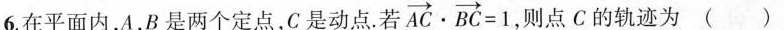
6.在平面内，A，B是两个定点，C是动点。若$$\overrightarro w{ A C } \cdot\overrightarro w{ B C } = 1$$，则点C的轨迹为()